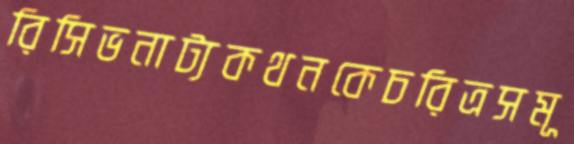
রিসিভনাট্যকথনকেচরিত্রসমূ